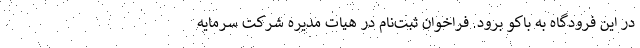
در این فرودگاه به باکو برود. فراخوان ثبت‌نام در هیات مدیره شرکت سرمایه